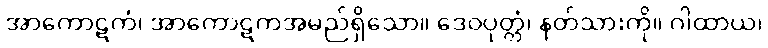
အာကောဋကံ၊ အာကောဋကအမည်ရှိသော။ ဒေဝပုတ္တံ၊ နတ်သားကို။ ဂါထာယ၊